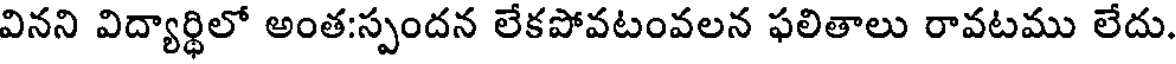
వినని విద్యార్థిలో అంత:స్పందన లేకపోవటంవలన ఫలితాలు రావటము లేదు.